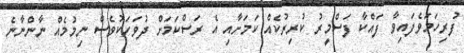
ފުރިހަމަވެފައިވާ ފައްކާ ފަސްމީރު ކުރިރުކެއް ކަމަށާއި އެ ރަސްކަމަށް ދުވަހަކުވެސް ނިމުމެއް ނާންނާނެ